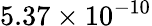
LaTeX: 5.37\times 10^{-10}